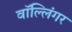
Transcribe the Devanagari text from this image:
वॉल्लिंगर